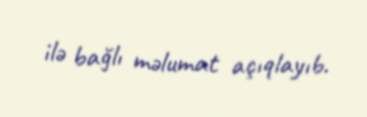
ilə bağlı məlumat açıqlayıb.